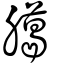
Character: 臈